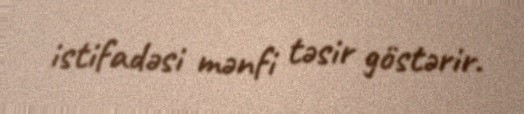
istifadəsi mənfi təsir göstərir.